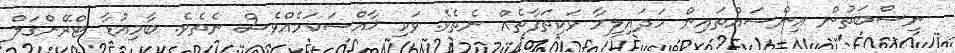
ނިސްބަތުން އިންސައްތައިން ހަދައިލީމާ ވަކިތަފާތެއް ނެތެވެ. ވަކި ޚާއްސަކަމެއްވެސް ނެތެވެ. ބާމިއުޑާ ޓްރޭންގަލް